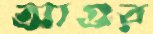
আগুর